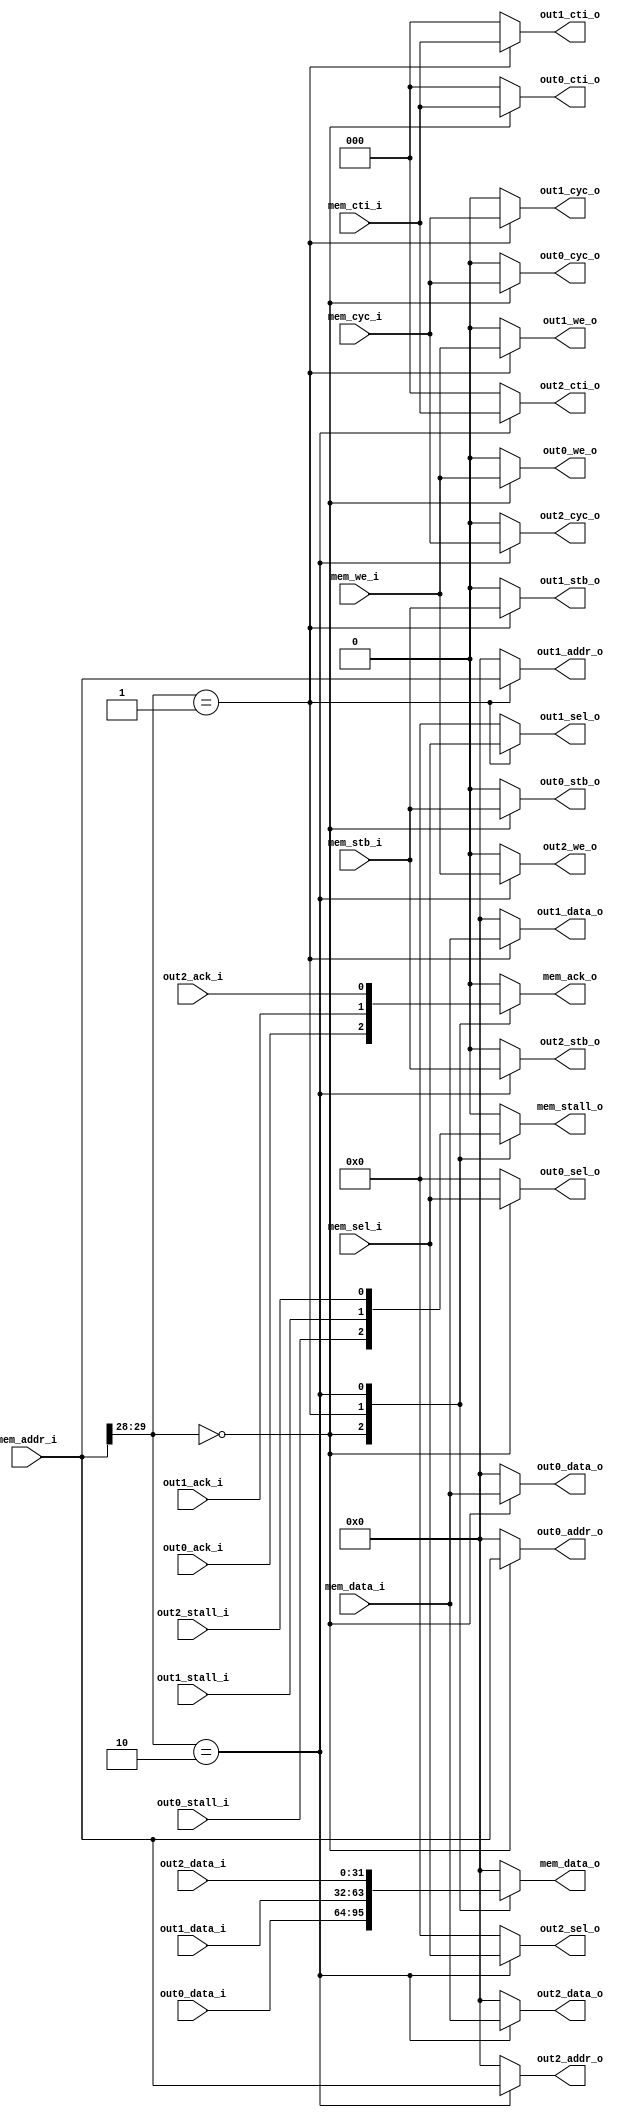
module dmem_mux3
(
    // Outputs
    output reg [31:0] out0_addr_o,
    output reg [31:0] out0_data_o,
    input [31:0]      out0_data_i,
    output reg [3:0]  out0_sel_o,
    output reg        out0_we_o,
    output reg        out0_stb_o,
    output reg        out0_cyc_o,
    output reg [2:0]  out0_cti_o,
    input             out0_ack_i,
    input             out0_stall_i,

    output reg [31:0] out1_addr_o,
    output reg [31:0] out1_data_o,
    input [31:0]      out1_data_i,
    output reg [3:0]  out1_sel_o,
    output reg        out1_we_o,
    output reg        out1_stb_o,
    output reg        out1_cyc_o,
    output reg [2:0]  out1_cti_o,
    input             out1_ack_i,
    input             out1_stall_i,

    output reg [31:0] out2_addr_o,
    output reg [31:0] out2_data_o,
    input [31:0]      out2_data_i,
    output reg [3:0]  out2_sel_o,
    output reg        out2_we_o,
    output reg        out2_stb_o,
    output reg        out2_cyc_o,
    output reg [2:0]  out2_cti_o,
    input             out2_ack_i,
    input             out2_stall_i,

    // Input
    input [31:0]      mem_addr_i,
    input [31:0]      mem_data_i,
    output reg[31:0]  mem_data_o,
    input [3:0]       mem_sel_i,
    input             mem_we_i,
    input             mem_stb_i,
    input             mem_cyc_i,
    input [2:0]       mem_cti_i,
    output reg        mem_ack_o,
    output reg        mem_stall_o
);

//-----------------------------------------------------------------
// Params
//-----------------------------------------------------------------
parameter           ADDR_MUX_START      = 28;

//-----------------------------------------------------------------
// Request
//-----------------------------------------------------------------
always @ *
begin

   out0_addr_o      = 32'h00000000;
   out0_data_o      = 32'h00000000;
   out0_sel_o       = 4'b0000;
   out0_we_o        = 1'b0;
   out0_stb_o       = 1'b0;
   out0_cyc_o       = 1'b0;
   out0_cti_o       = 3'b0;
   out1_addr_o      = 32'h00000000;
   out1_data_o      = 32'h00000000;
   out1_sel_o       = 4'b0000;
   out1_we_o        = 1'b0;
   out1_stb_o       = 1'b0;
   out1_cyc_o       = 1'b0;
   out1_cti_o       = 3'b0;
   out2_addr_o      = 32'h00000000;
   out2_data_o      = 32'h00000000;
   out2_sel_o       = 4'b0000;
   out2_we_o        = 1'b0;
   out2_stb_o       = 1'b0;
   out2_cyc_o       = 1'b0;
   out2_cti_o       = 3'b0;

   case (mem_addr_i[ADDR_MUX_START+2-1:ADDR_MUX_START])

   2'd0:
   begin
       out0_addr_o      = mem_addr_i;
       out0_data_o      = mem_data_i;
       out0_sel_o       = mem_sel_i;
       out0_we_o        = mem_we_i;
       out0_stb_o       = mem_stb_i;
       out0_cyc_o       = mem_cyc_i;
       out0_cti_o       = mem_cti_i;
   end
   2'd1:
   begin
       out1_addr_o      = mem_addr_i;
       out1_data_o      = mem_data_i;
       out1_sel_o       = mem_sel_i;
       out1_we_o        = mem_we_i;
       out1_stb_o       = mem_stb_i;
       out1_cyc_o       = mem_cyc_i;
       out1_cti_o       = mem_cti_i;
   end
   2'd2:
   begin
       out2_addr_o      = mem_addr_i;
       out2_data_o      = mem_data_i;
       out2_sel_o       = mem_sel_i;
       out2_we_o        = mem_we_i;
       out2_stb_o       = mem_stb_i;
       out2_cyc_o       = mem_cyc_i;
       out2_cti_o       = mem_cti_i;
   end

   default :
      ;      
   endcase
end

//-----------------------------------------------------------------
// Response
//-----------------------------------------------------------------
always @ *
begin
   case (mem_addr_i[ADDR_MUX_START+2-1:ADDR_MUX_START])

    2'd0:
    begin
       mem_data_o   = out0_data_i;
       mem_stall_o  = out0_stall_i;
       mem_ack_o    = out0_ack_i;
    end
    2'd1:
    begin
       mem_data_o   = out1_data_i;
       mem_stall_o  = out1_stall_i;
       mem_ack_o    = out1_ack_i;
    end
    2'd2:
    begin
       mem_data_o   = out2_data_i;
       mem_stall_o  = out2_stall_i;
       mem_ack_o    = out2_ack_i;
    end

   default :
   begin
       mem_data_o   = 32'h00000000;
       mem_stall_o  = 1'b0;
       mem_ack_o    = 1'b0;
   end
   endcase
end

endmodule